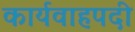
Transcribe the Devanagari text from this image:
कार्यवाहपदी